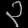
Digit: ၃